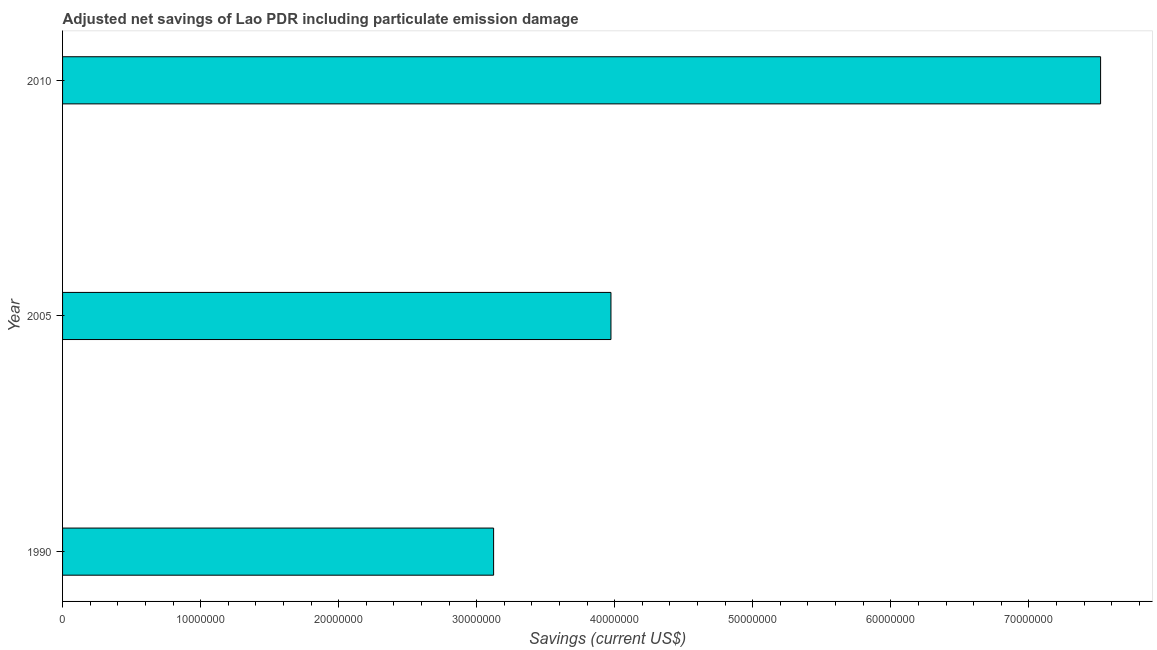
| Year | Adjusted savings: particulate emission damage (current US$) |
 | --- | --- |
 | 1990 | 3.12e+07 |
 | 2005 | 3.97e+07 |
 | 2010 | 7.52e+07 |